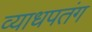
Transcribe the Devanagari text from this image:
व्याधपतंग